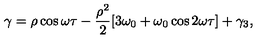
\gamma = \rho \cos \omega \tau - \frac { \rho ^ { 2 } } { 2 } [ 3 \omega _ { 0 } + \omega _ { 0 } \cos 2 \omega \tau ] + \gamma _ { 3 } ,